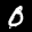
Label: 0